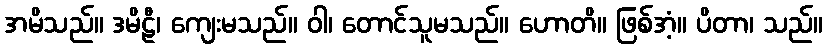
အမိသည်။ ဒမိဠီ၊ ကျေးမသည်။ ဝါ၊ တောင်သူမသည်။ ဟောတိ။ ဖြစ်အံ့။ ပိတာ၊ သည်။